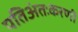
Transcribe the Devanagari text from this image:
पतिअंतःकरणी